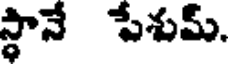
స్థానే పేశుమ్.